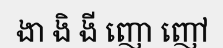
ងា ងិ ងី ញោ ញៅ